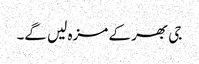
جی بھر کے مزہ لیں گے۔